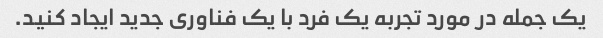
یک جمله در مورد تجربه یک فرد با یک فناوری جدید ایجاد کنید.